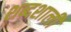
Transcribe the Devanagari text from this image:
शब्दशाली